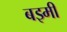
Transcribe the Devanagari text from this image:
बझ्मी